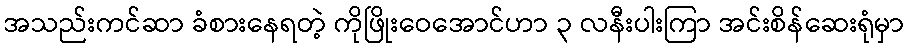
အသည်းကင်ဆာ ခံစားနေရတဲ့ ကိုဖြိုးဝေအောင်ဟာ ၃ လနီးပါးကြာ အင်းစိန်ဆေးရုံမှာ